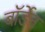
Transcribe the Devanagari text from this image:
बॉर्डेन